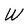
Character: W